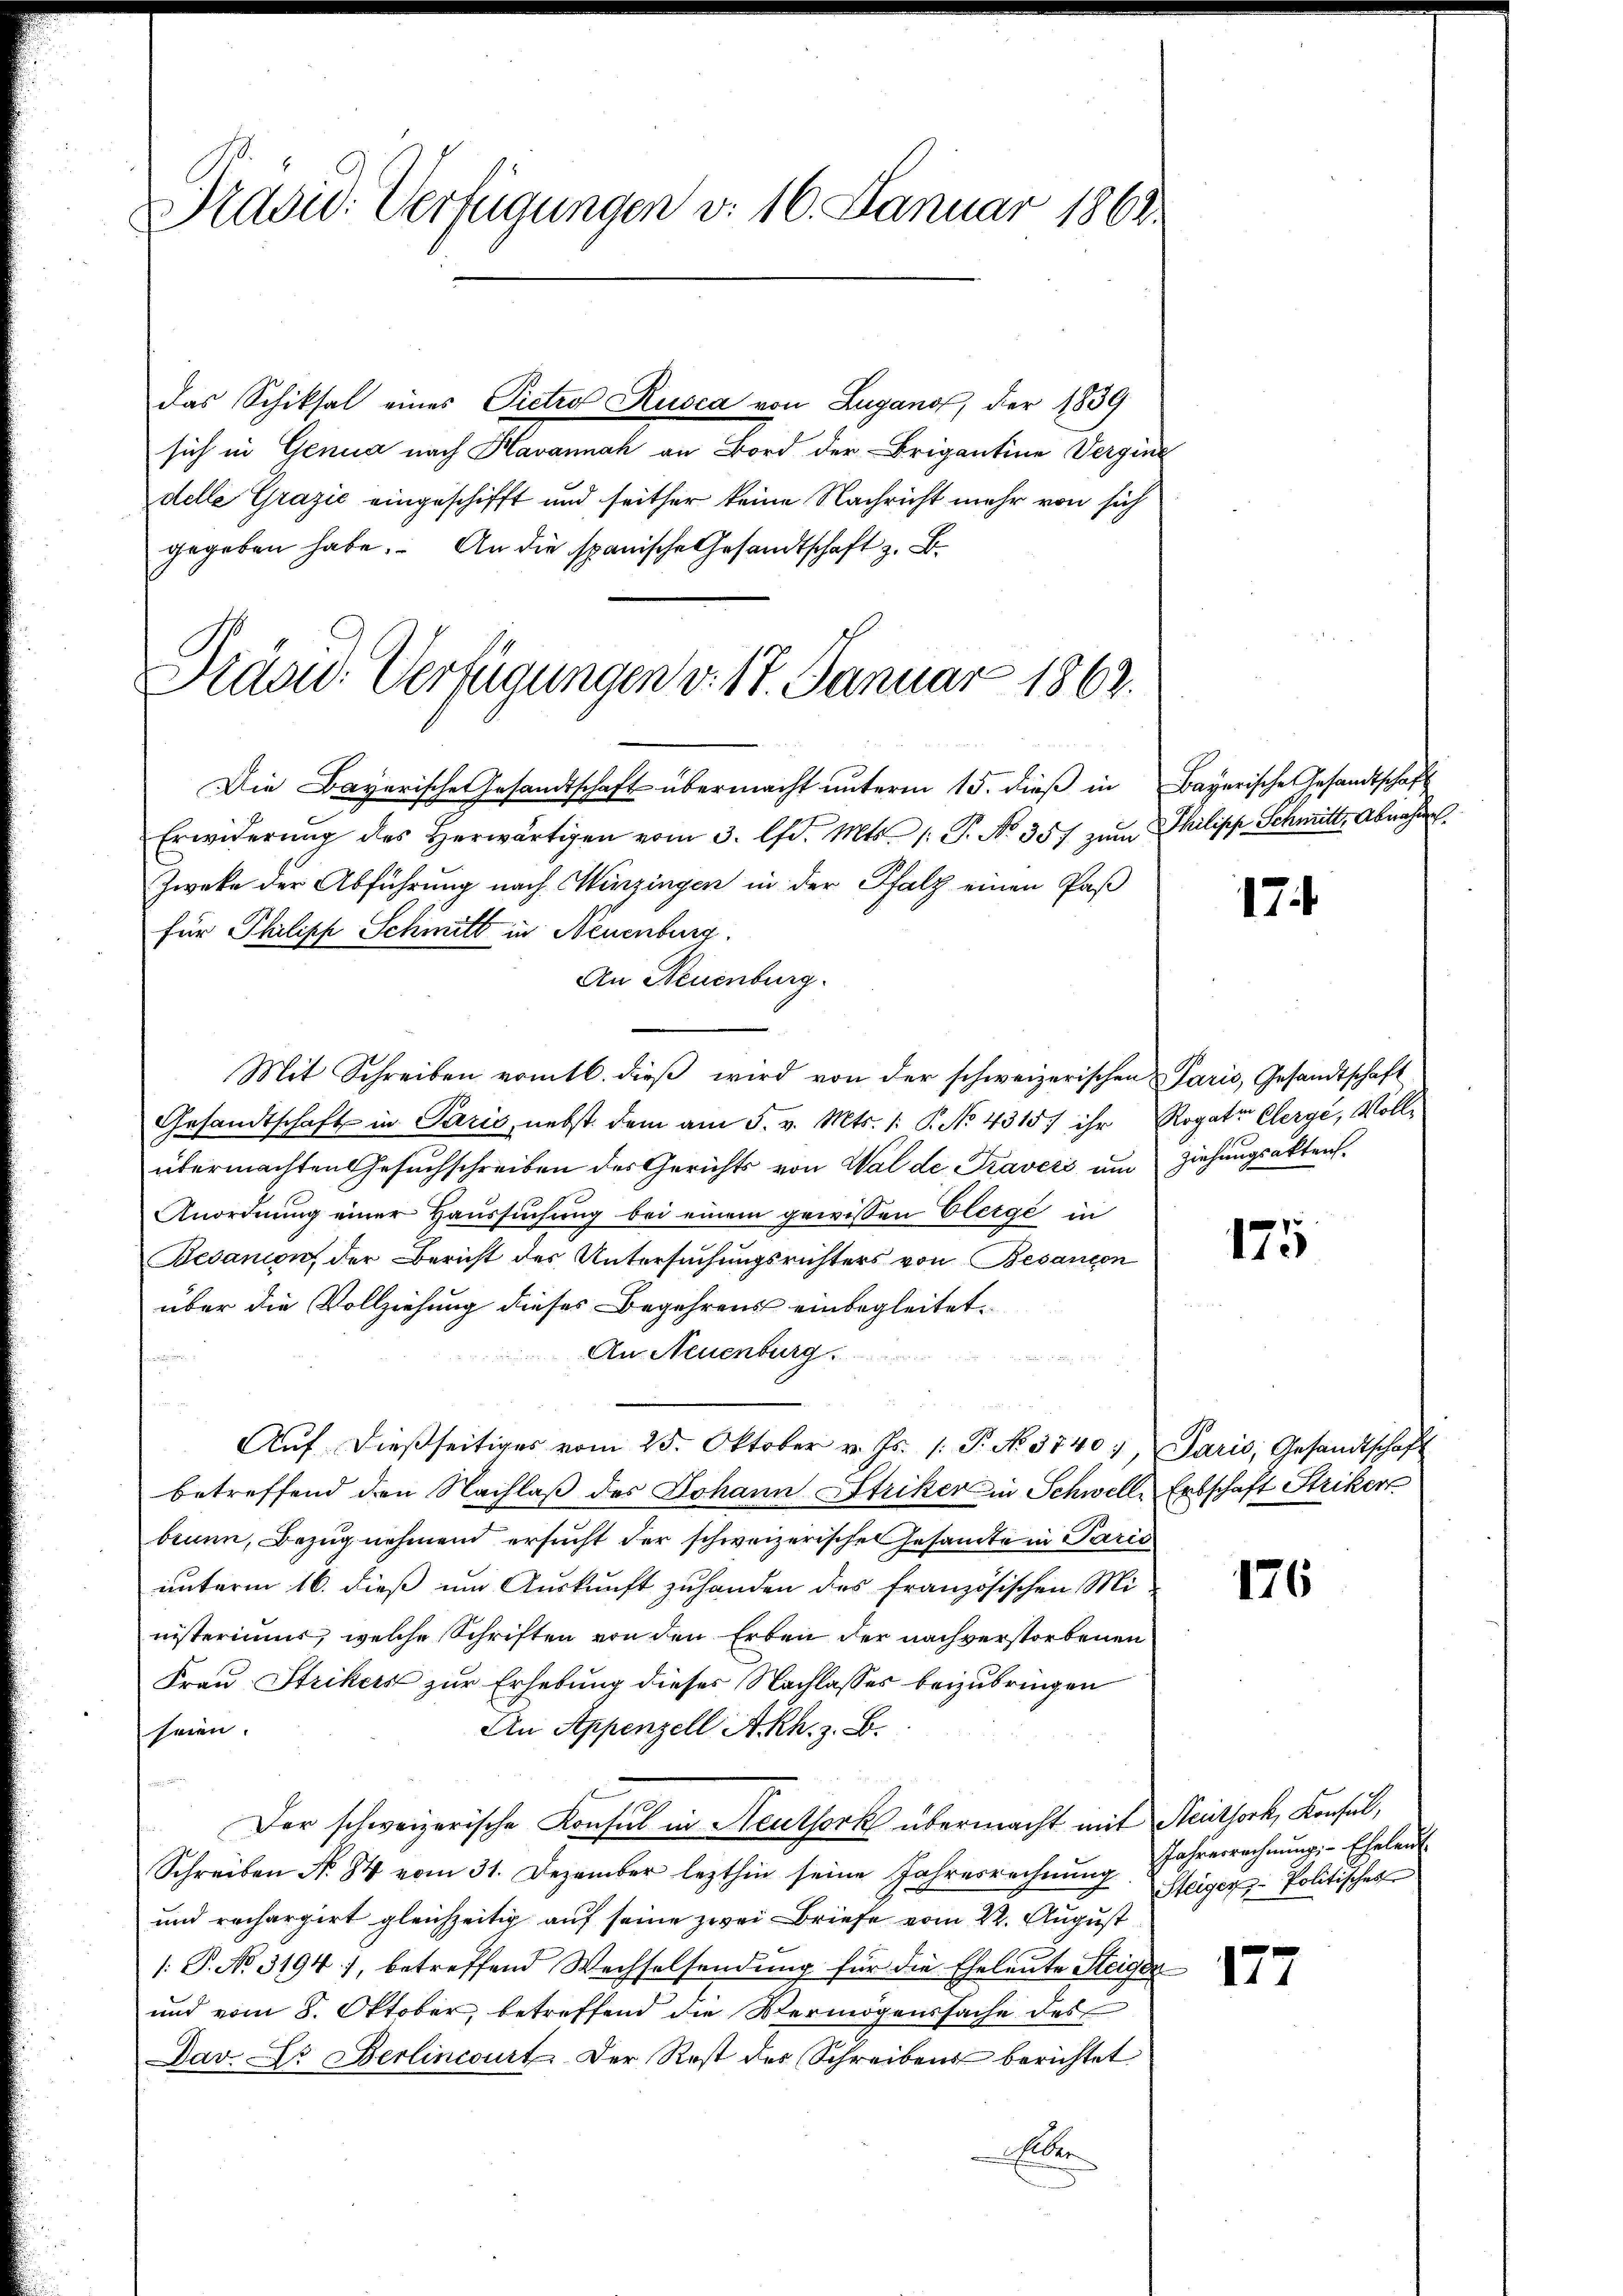
Präsid. Verfügungen v. 16. Januar 1862.

das Schiksal eines Pietrof Rusca von Lugano, der 1839
sich in Genua nach Havannah an Bord der Brigantine Verging
delle Grazić eingeschifft und seither keine Nachricht mehr von sich
gegeben habe. An die spanische Gesandtschaft z. B.
Die Bayerische Gesandtschaft übermacht unterm 15. dieß in Bayerische Gesandtschaft
Erwiderŭng des herwärtigen vom 3. lfd. Mts. /: P. No 357 zum Philipp Schmitte Abnahme
Zweke der Abführung nach Hinzingen in der Pfalz einen Paß
für Philipp Schmitt in Neuenburg
An Neuenburg.
Mit Schreiben vom 16. dieβ wird von der schweizerischen Paris, Gesandtschaft
Gesandtschaft in Paris, nebst dem am 5. v. Mts. 1. P. No 4315) ihr Rogate Clerge, Vollübermachten Gesuchschreiben des Gerichts von Walde Traveri um Ziehungsakten
Anordnung einer Haussuchung bei einem gewissen Elerge in
Bedanion, der Bericht des Untersuchungsrichters von Besanton
über die Vollziehung dieses Begehrens einbegleitet.
An Neuenburg.

Aŭf dießseitiges vom 25. Oktober v. Js. 1. P. No. 37407, Paris, Gesandtschaft
betreffend den Nachlaß des Johann Striker in Schwelle Erbschaft Striker
brunn, Bezug nehmend ersucht der schweizerische Gesamten Paris
unterm 16. dieß um Auskunft zuhanden des französischen Ministeriums, welche Schriften von den Erben der nachverstorbenen
Frau Strikers zur Erhebung dieses Nachlasses beizubringen
An Appenzell Akh. z. B.
seien.
Der schweizerische Konsul in Neuthork übermacht mit Reitsock, Konsul,
Schreiben No. 84 vom 31. Dezember lezthin seine Jahresrechnŭng Jahresrechnŭngs-Eheleut-
und rechargirt gleichzeitig auf seine zwei Briefe vom 22. August
1: P. No. 3194), betreffend Wechselsendung für die Eheleute Steigen
und vom 8. Oktober, betreffend die Vermögenssache des
Dav. C. Berlincourt. Der Rest des Schreibens berichtet
Eller

Präsid. Verfügungen v. 17. Januar 1863.

174

175

176

Steiger Politisches

177